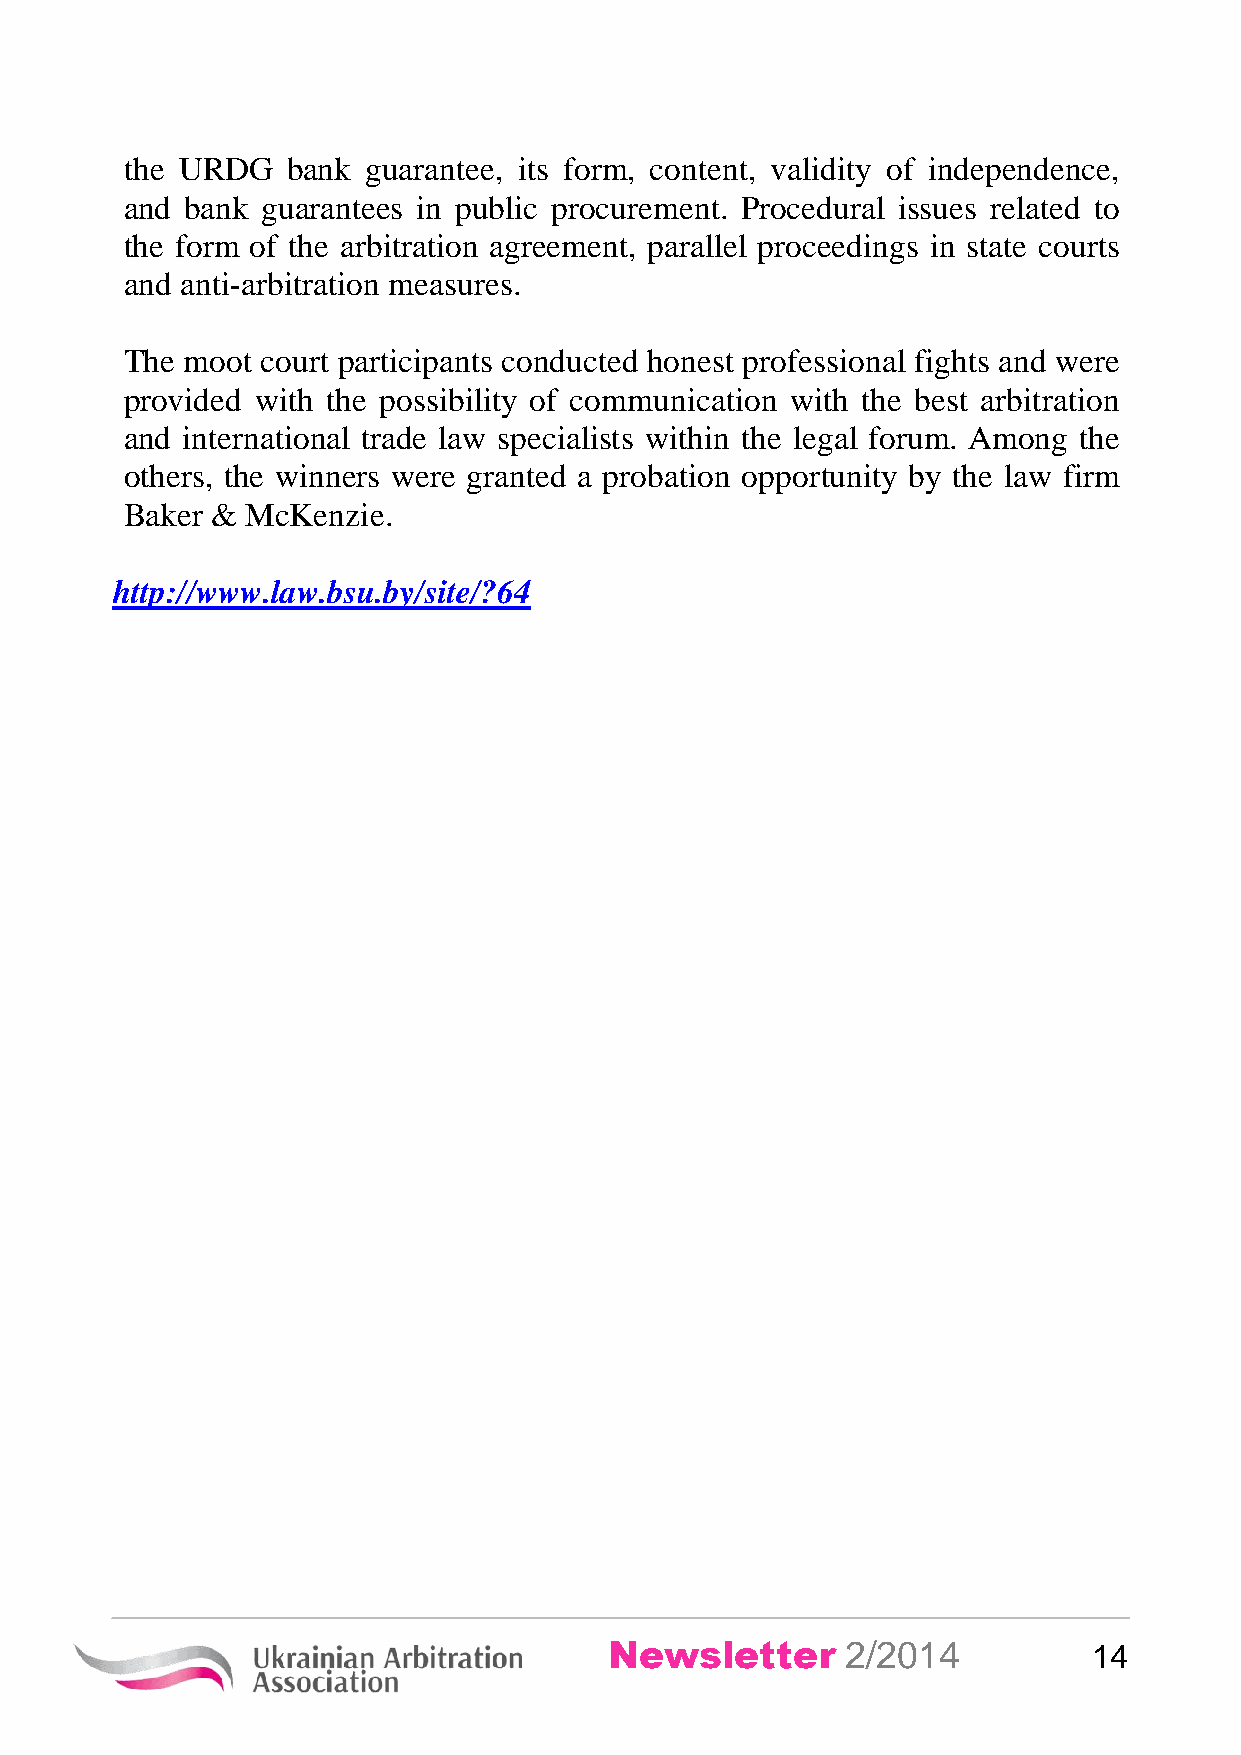
the URDG   bank guarantee, its form, content, validity of independence,
 and bank guarantees in public procurement. Procedural issues related to
 the form of the arbitration agreement, parallel proceedings in state courts
 and anti-arbitration measures.
 The moot court participants conducted honest professional fights and were
 provided with the possibility of communication with the best arbitration
 and international trade law specialists within the legal forum. Among the
 others, the winners were granted a probation opportunity by the law firm
 Baker & McKenzie.
 http://www.law.bsu.by/site/?64
 Newsletter      2/2014          14